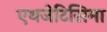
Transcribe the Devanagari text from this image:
एथजेटिसिमा